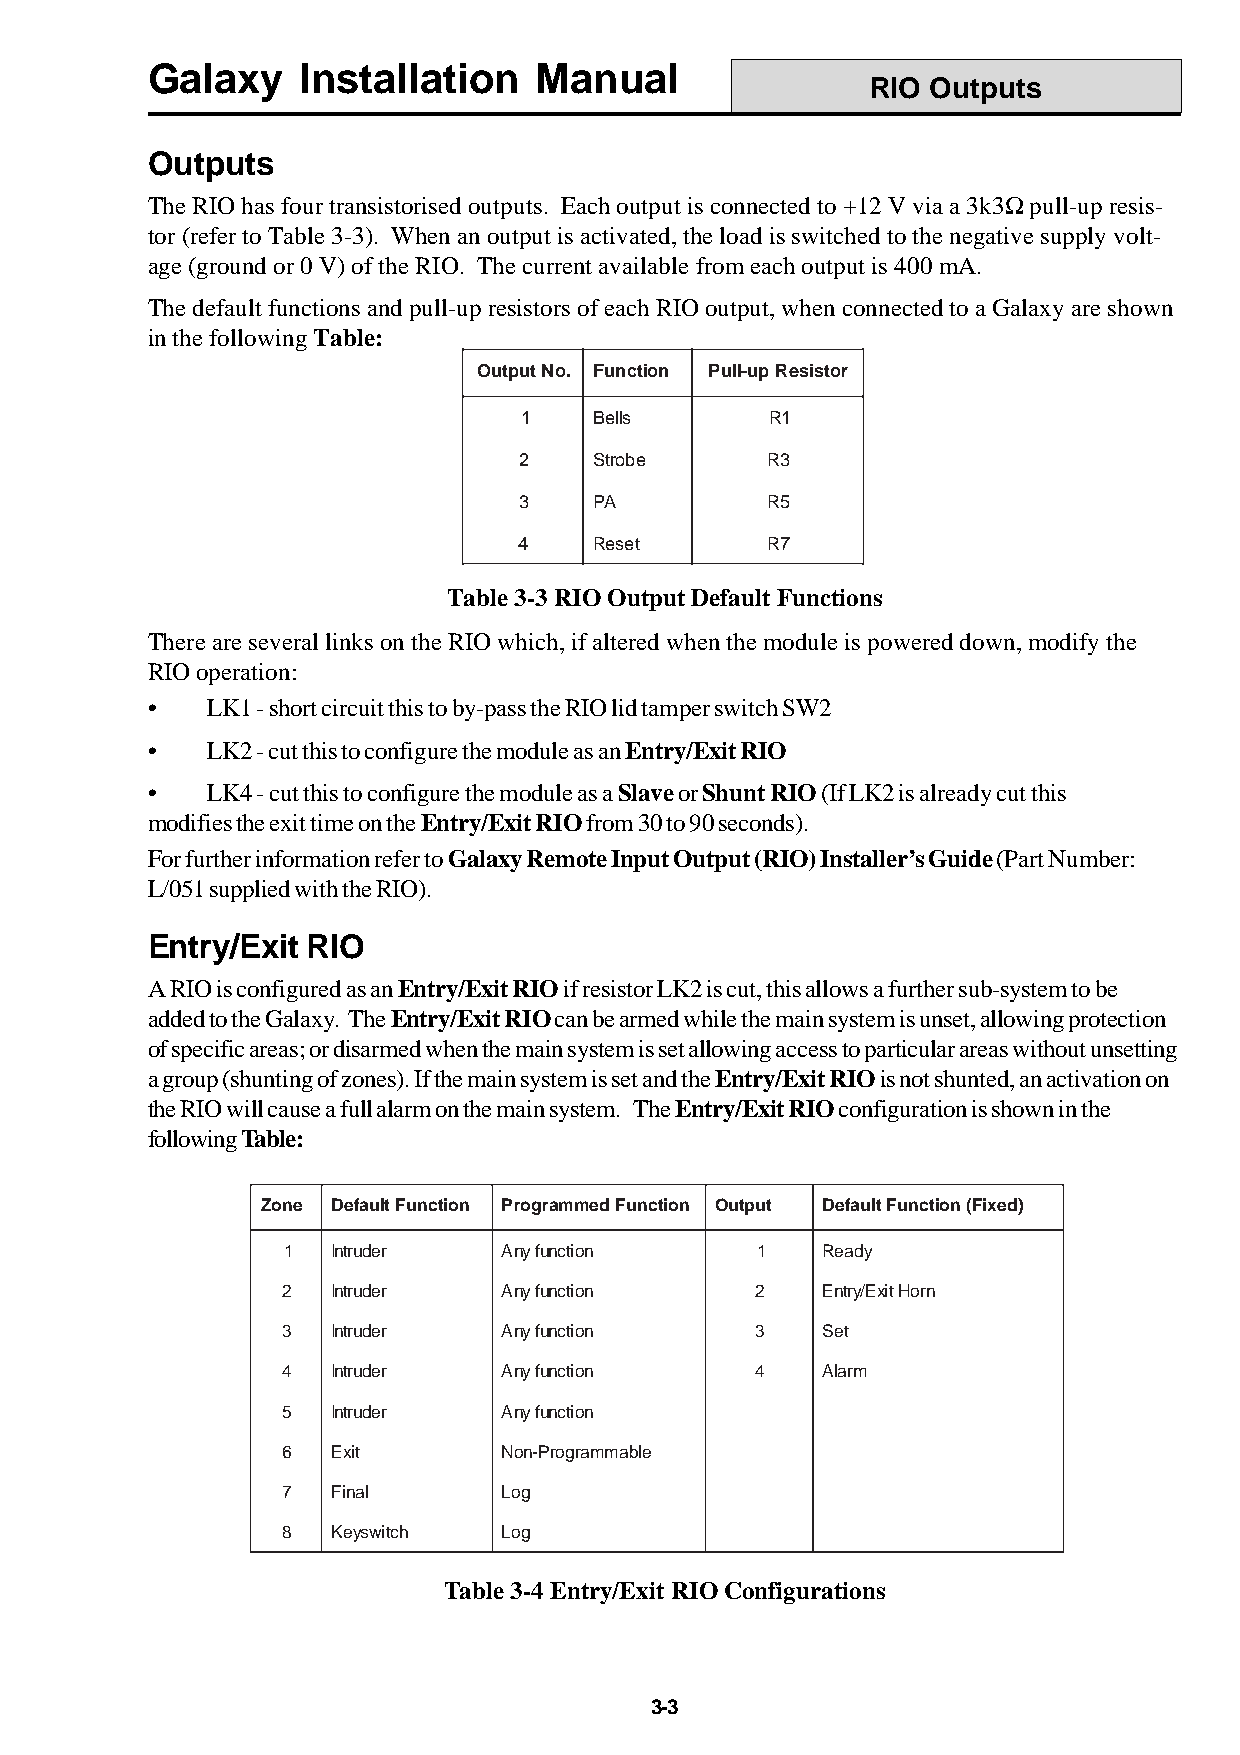
Galaxy    Installation   Manual
 RIO Outputs
 Outputs
 The RIO has four transistorised outputs. Each output is connected to +12 V via a 3k3W pull-up resis-
 tor (refer to Table 3-3). When an output is activated, the load is switched to the negative supply volt-
 age (ground or 0 V) of the RIO. The current available from each output is 400 mA.
 The default functions and pull-up resistors of each RIO output, when connected to a Galaxy are shown
 in the following Table:
 OutputNo. Function Pull-upResistor
 1    Bells       R1
 2    Strobe      R3
 3    PA          R5
 4    Reset       R7
 Table 3-3 RIO Output Default Functions
 There are several links on the RIO which, if altered when the module is powered down, modify the
 RIO operation:
 •   LK1 - short circuit this to by-pass the RIO lid tamper switch SW2
 •   LK2 - cut this to configure the module as an Entry/Exit RIO
 •   LK4 - cut this to configure the module as a Slave or Shunt RIO (If LK2 is already cut this
 modifies the exit time on the Entry/Exit RIO from 30 to 90 seconds).
 For further information refer to Galaxy Remote Input Output (RIO) Installer’s Guide (Part Number:
 L/051 supplied with the RIO).
 Entry/Exit RIO
 A RIO is configured as an Entry/Exit RIO if resistor LK2 is cut, this allows a further sub-system to be
 added to the Galaxy. The Entry/Exit RIO can be armed while the main system is unset, allowing protection
 of specific areas; or disarmed when the main system is set allowing access to particular areas without unsetting
 a group (shunting of zones). If the main system is set and the Entry/Exit RIO is not shunted, an activation on
 the RIO will cause a full alarm on the main system. The Entry/Exit RIO configuration is shown in the
 following Table:
 Zone DefaultFunction ProgrammedFunction Output DefaultFunction(Fixed)
 1  Intruder   Anyfunction      1   Ready
 2  Intruder   Anyfunction      2   Entry/ExitHorn
 3  Intruder   Anyfunction      3   Set
 4  Intruder   Anyfunction      4   Alarm
 5  Intruder   Anyfunction
 6  Exit       Non-Programmable
 7  Final      Log
 8  Keyswitch  Log
 Table 3-4 Entry/Exit RIO Configurations
 3-3